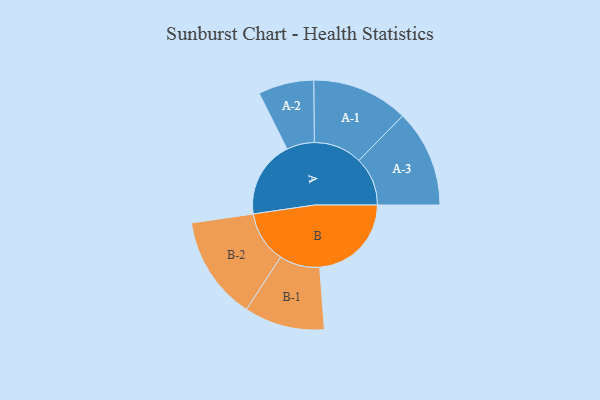
{"axis": {"x": "Segment", "y": "Value"}, "legend": ["", "A", "B"], "data": [{"x": "A", "y": 364, "type": ""}, {"x": "B", "y": 435, "type": ""}, {"x": "A-1", "y": 229, "type": "A"}, {"x": "A-2", "y": 132, "type": "A"}, {"x": "A-3", "y": 231, "type": "A"}, {"x": "B-1", "y": 191, "type": "B"}, {"x": "B-2", "y": 246, "type": "B"}]}